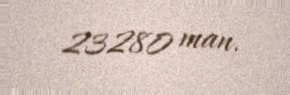
23280 man.